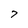
Character: 7